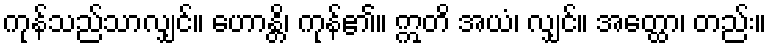
ကုန်သည်သာလျှင်။ ဟောန္တိ၊ ကုန်၏။ ဣတိ အယံ၊ လျှင်။ အတ္ထော၊ တည်း။